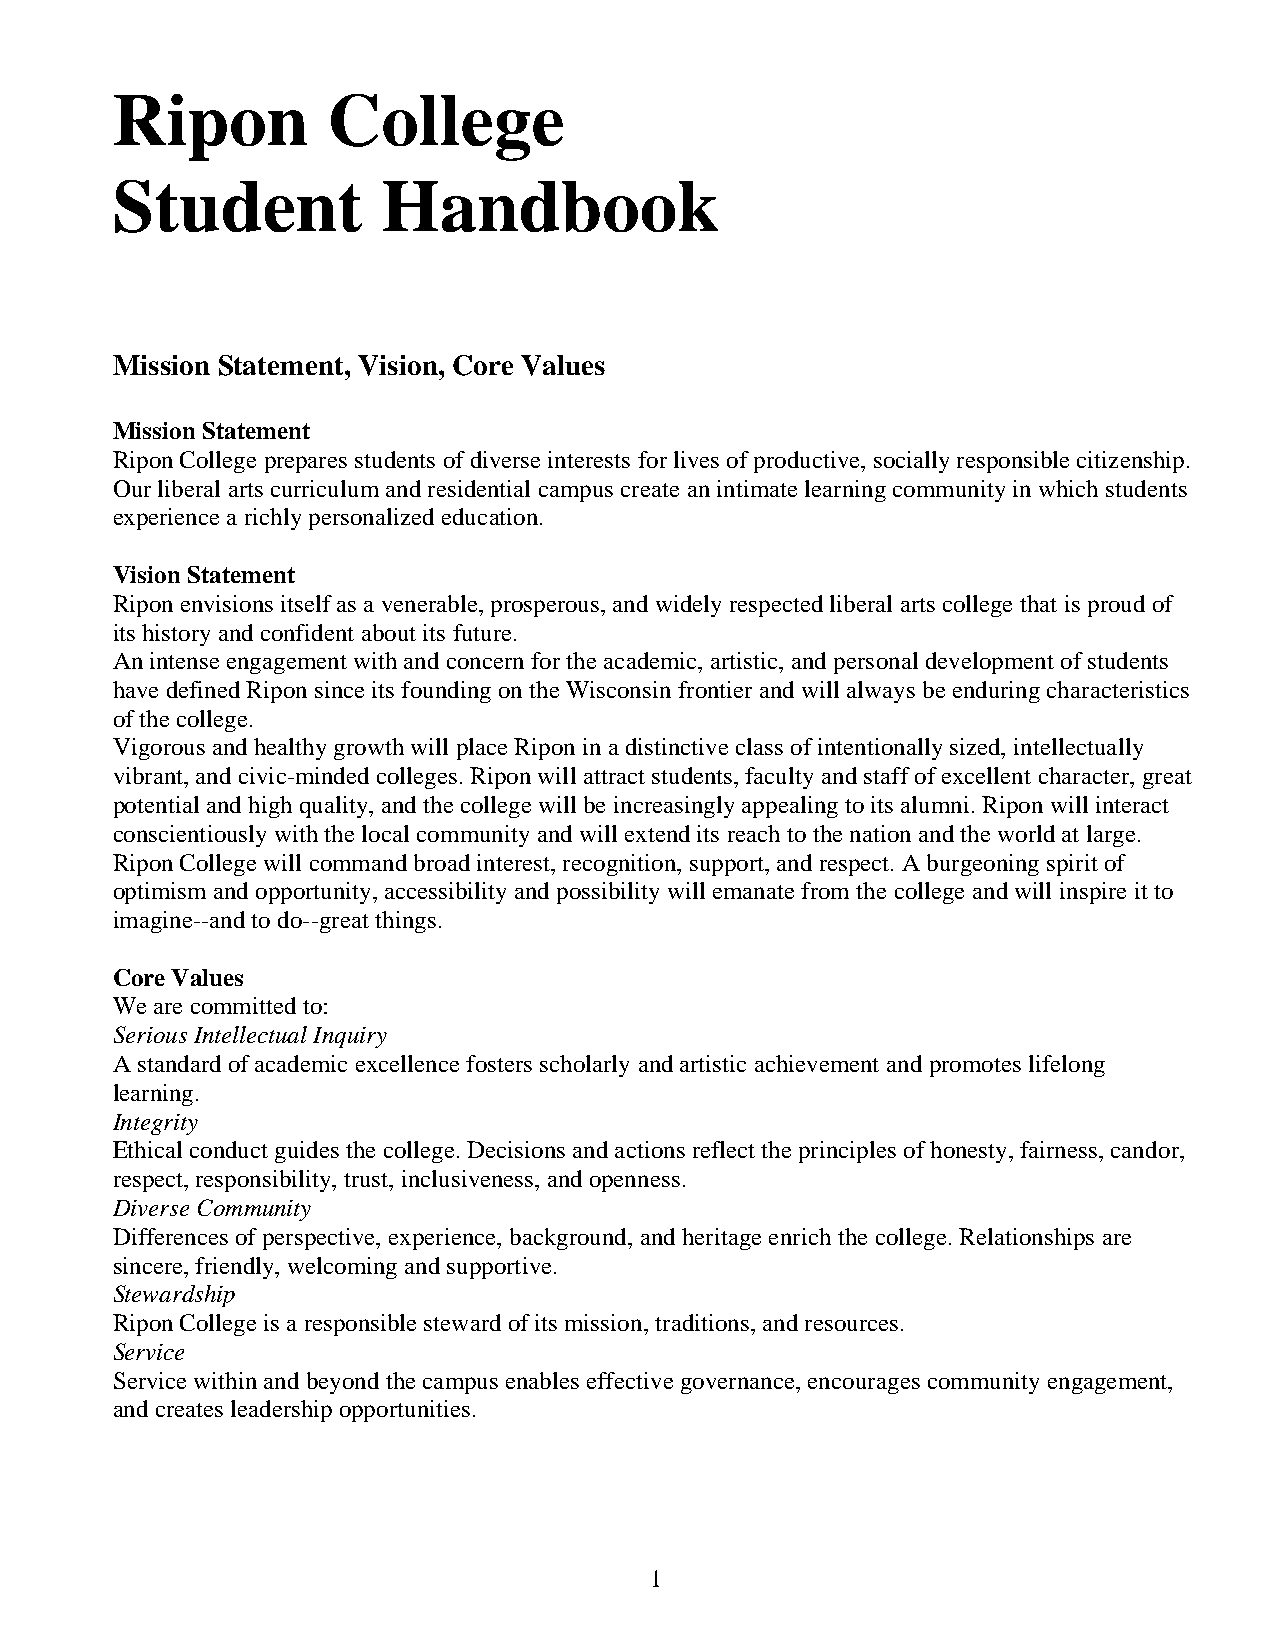
Ripon          College
 Student           Handbook
 Mission Statement, Vision, Core Values
 Mission Statement
 Ripon College prepares students of diverse interests for lives of productive, socially responsible citizenship.
 Our liberal arts curriculum and residential campus create an intimate learning community in which students
 experience a richly personalized education.
 Vision Statement
 Ripon envisions itself as a venerable, prosperous, and widely respected liberal arts college that is proud of
 its history and confident about its future.
 An intense engagement with and concern for the academic, artistic, and personal development of students
 have defined Ripon since its founding on the Wisconsin frontier and will always be enduring characteristics
 of the college.
 Vigorous and healthy growth will place Ripon in a distinctive class of intentionally sized, intellectually
 vibrant, and civic-minded colleges. Ripon will attract students, faculty and staff of excellent character, great
 potential and high quality, and the college will be increasingly appealing to its alumni. Ripon will interact
 conscientiously with the local community and will extend its reach to the nation and the world at large.
 Ripon College will command broad interest, recognition, support, and respect. A burgeoning spirit of
 optimism and opportunity, accessibility and possibility will emanate from the college and will inspire it to
 imagine--and to do--great things.
 Core Values
 We are committed to:
 Serious Intellectual Inquiry
 A standard of academic excellence fosters scholarly and artistic achievement and promotes lifelong
 learning.
 Integrity
 Ethical conduct guides the college. Decisions and actions reflect the principles of honesty, fairness, candor,
 respect, responsibility, trust, inclusiveness, and openness.
 Diverse Community
 Differences of perspective, experience, background, and heritage enrich the college. Relationships are
 sincere, friendly, welcoming and supportive.
 Stewardship
 Ripon College is a responsible steward of its mission, traditions, and resources.
 Service
 Service within and beyond the campus enables effective governance, encourages community engagement,
 and creates leadership opportunities.
 1